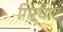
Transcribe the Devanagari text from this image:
गिरघाट